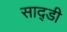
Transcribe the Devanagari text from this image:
साद्डी